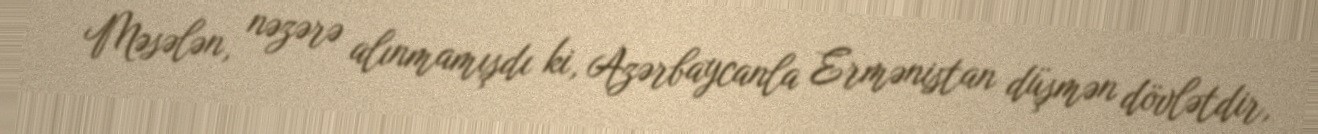
- Məsələn, nəzərə alınmamışdı ki, Azərbaycanla Ermənistan düşmən dövlətdir,